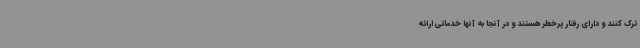
ترک کنند و دارای رفتار پرخطر هستند و در آنجا به آنها خدماتی ارائه